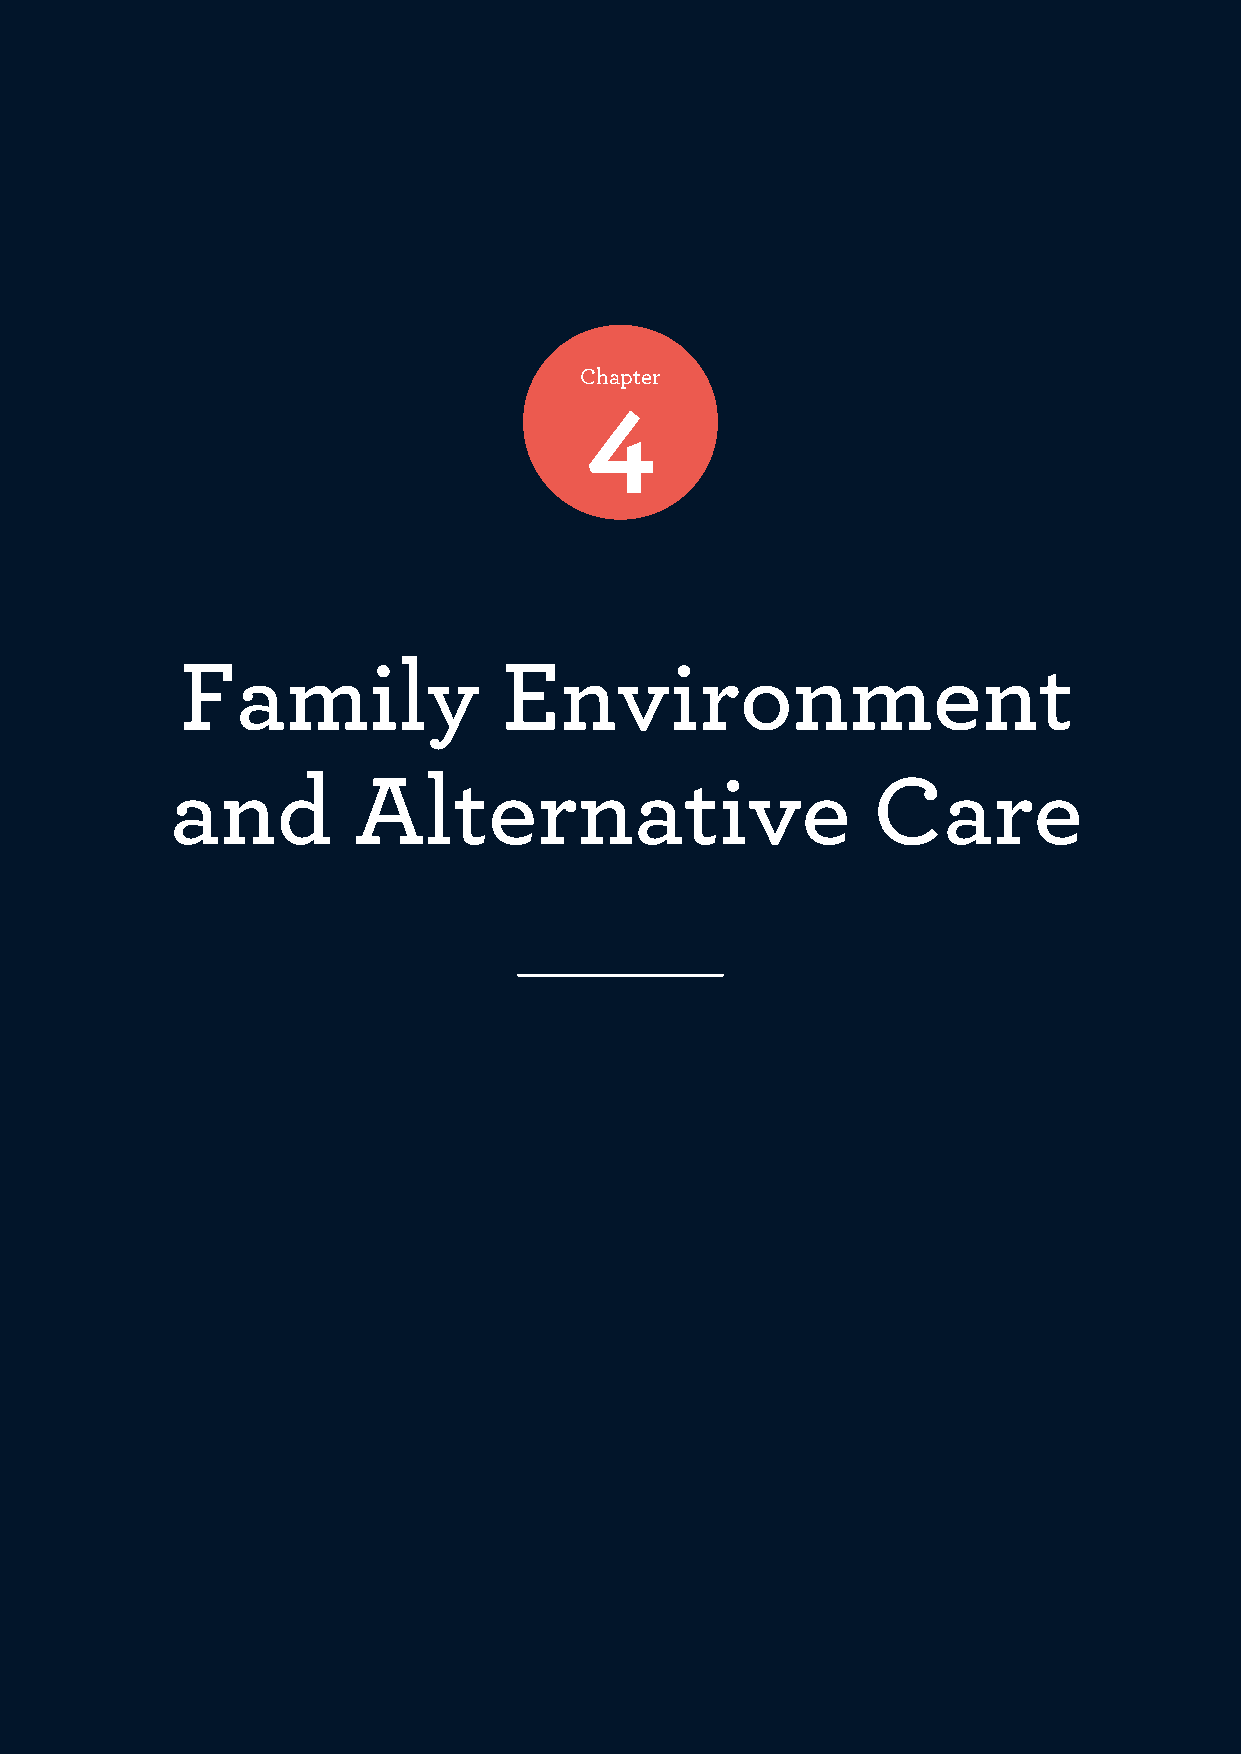
Chapter
 4
 Family               Environment
 and         Alternative                        Care